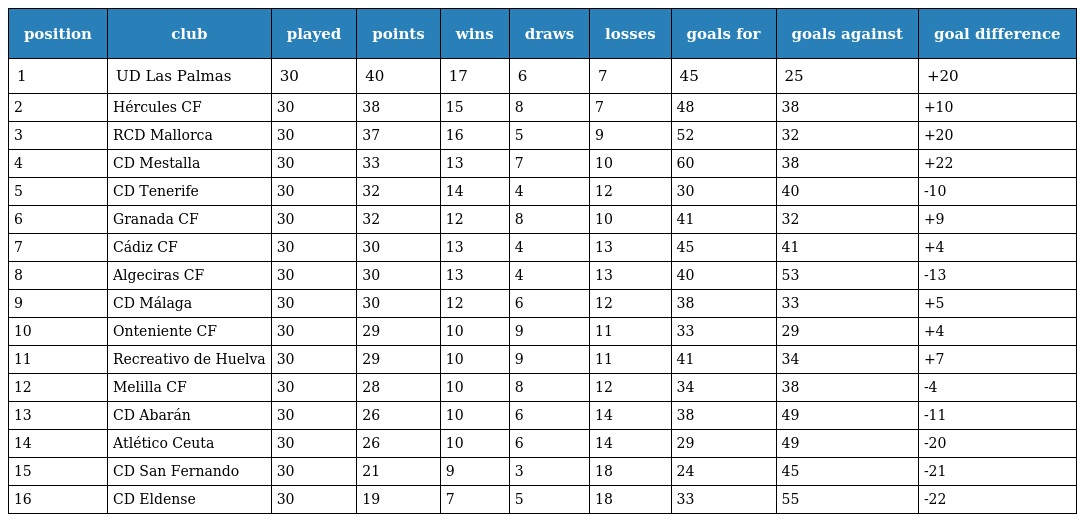
| position | club | played | points | wins | draws | losses | goals for | goals against | goal difference |
 | --- | --- | --- | --- | --- | --- | --- | --- | --- | --- |
 | 1 | UD Las Palmas | 30 | 40 | 17 | 6 | 7 | 45 | 25 | +20 |
 | 2 | Hércules CF | 30 | 38 | 15 | 8 | 7 | 48 | 38 | +10 |
 | 3 | RCD Mallorca | 30 | 37 | 16 | 5 | 9 | 52 | 32 | +20 |
 | 4 | CD Mestalla | 30 | 33 | 13 | 7 | 10 | 60 | 38 | +22 |
 | 5 | CD Tenerife | 30 | 32 | 14 | 4 | 12 | 30 | 40 | -10 |
 | 6 | Granada CF | 30 | 32 | 12 | 8 | 10 | 41 | 32 | +9 |
 | 7 | Cádiz CF | 30 | 30 | 13 | 4 | 13 | 45 | 41 | +4 |
 | 8 | Algeciras CF | 30 | 30 | 13 | 4 | 13 | 40 | 53 | -13 |
 | 9 | CD Málaga | 30 | 30 | 12 | 6 | 12 | 38 | 33 | +5 |
 | 10 | Onteniente CF | 30 | 29 | 10 | 9 | 11 | 33 | 29 | +4 |
 | 11 | Recreativo de Huelva | 30 | 29 | 10 | 9 | 11 | 41 | 34 | +7 |
 | 12 | Melilla CF | 30 | 28 | 10 | 8 | 12 | 34 | 38 | -4 |
 | 13 | CD Abarán | 30 | 26 | 10 | 6 | 14 | 38 | 49 | -11 |
 | 14 | Atlético Ceuta | 30 | 26 | 10 | 6 | 14 | 29 | 49 | -20 |
 | 15 | CD San Fernando | 30 | 21 | 9 | 3 | 18 | 24 | 45 | -21 |
 | 16 | CD Eldense | 30 | 19 | 7 | 5 | 18 | 33 | 55 | -22 |